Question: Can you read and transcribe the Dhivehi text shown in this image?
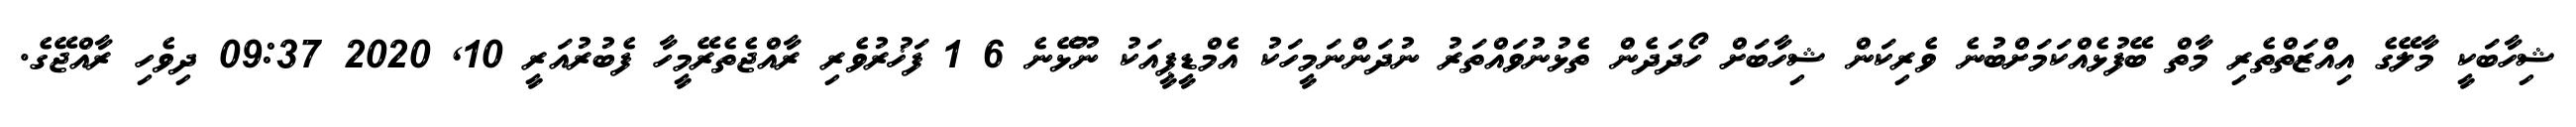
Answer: ޝިހާބަކީ މާލޭގެ އިއްޒަތްތެރި މާތް ބޭފުޅެއްކަމަށްބުނެ ވެރިކަން ޝިހާބަށް ހޯދަދެން ތެޅުނުވައްތަރު ނުދަންނަމީހަކު އެމްޑީޕީއަކު ނޫޅޭނެ 6 1 ފަޚުރުވެރި ރާއްޖެތެރޭމީހާ ފެބުރުއަރީ 10, 2020 09:37 ދިވެހި ރާއްޖޭގެ.